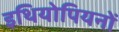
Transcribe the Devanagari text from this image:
इथियोपियनों